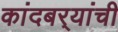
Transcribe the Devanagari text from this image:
कांदबर्‍यांची